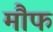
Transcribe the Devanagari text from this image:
मौफ